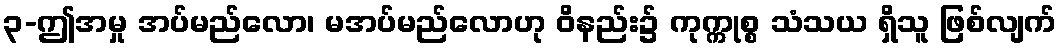
၃-ဤအမှု အပ်မည်လော၊ မအပ်မည်လောဟု ဝိနည်း၌ ကုက္ကုစ္စ သံသယ ရှိသူ ဖြစ်လျက်